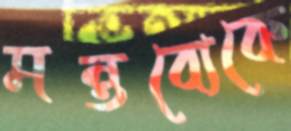
মন্তব্যেকে